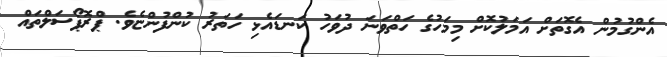
އެންގުމުން އެގޮތަށް އަމަލުކޮށް މިމަހުގެ ހަތްވަނަ ދުވަހު ކަނޑައެޅި ހަތަރު ކުންފުންޏެވެ. ޕްރޮޕޯސަލްތައް